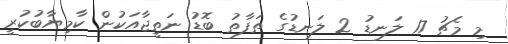
މި މެޗު 17 ލަނޑު 2 ލަނޑުގެ ތަފާތު ބޮޑު ނަތީޖާއަކުން ކާމިޔާބުކުރީ